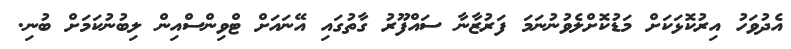
އެދުވަހު އިރުކޮޅަކަށް މަޑުކޮށްލެވުނުނަމަ ފަރުޒާނާ ސައްފޫރު ގާތުގައި އޭނައަށް ޓްވިންސްއިން ލިބުނުކަމަށް ބުނި.